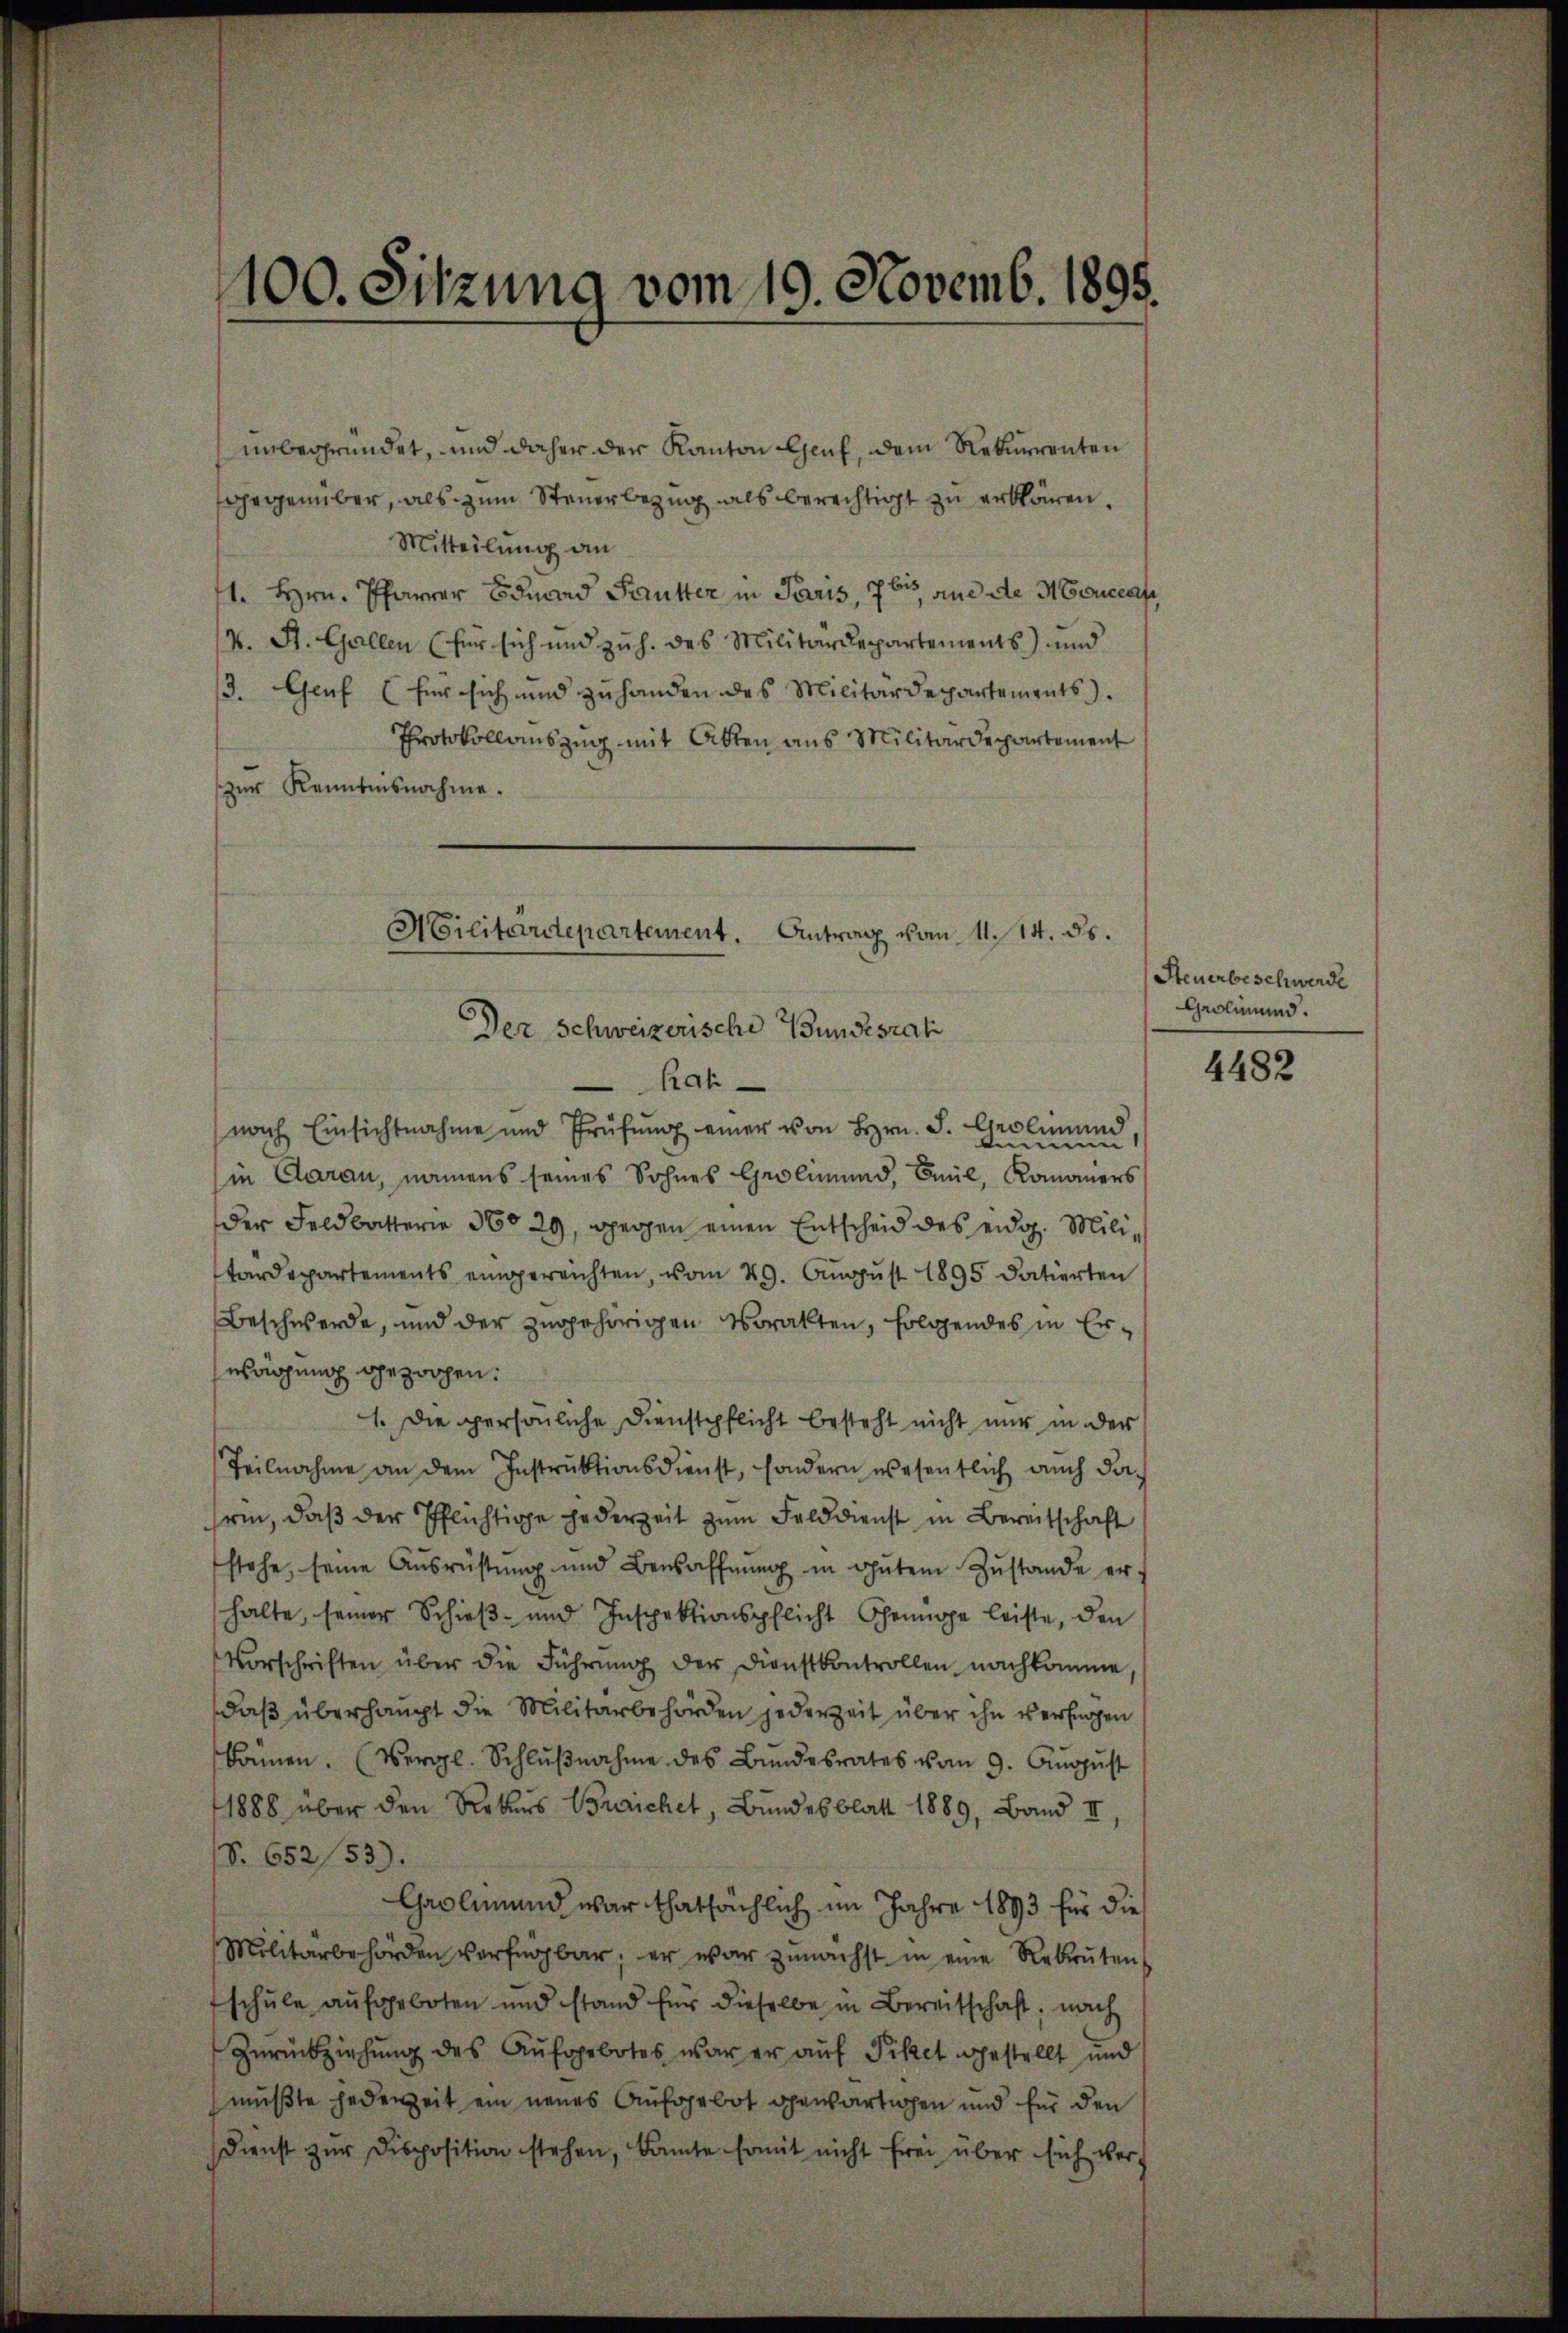
100. Sitzung vom 19. Novemb. 1895.

unbegründet, und daher der Kanton Genf, dem Rekurrenten
gegenüber, als zum Steuerbezug als berechtigt zu erklären.
Mitteilung an
1. Hrn. Pfarrer Eduard Sutter in Paris, 763 an die Mencraf
V. St. Gallen (für sich und zu h. des Militärdepartements) und
3. Genf (für sich und zu handen des Militärdepartements.
Protokollauszug mit Akten aus Militärdepartement
zur Kenntnisnahme.
Militärdepartement. Antrag vom 11. 14. ds.

Der Schweizerische Bundesrat
Rat
nach Einsichtnahme und Prüfŭng einer von Hrn. F. Grolinund
demen
in Claran, namens seines Sohnes Grolmund, Baul, Komaners
der Feldbatterie 360 29, weggen einen Entscheid des eidg. Militärdepartements eingereichten, vom 29. August 1895 datierten
Beschwerde, und der zugehörigen Vorakten, folgendes in Erwägung gezochen.
1. Die persönliche Dienstpflicht besteht nicht nur in der
Teilnahme an dem Instruktionsdienst, sondern wesentlich auch das
sein, daβ der Pflichtige jederzeit zŭm Felddienst in Bereitschaft
stehe, seine Aŭsrüstŭng und Bewaffnŭng in ohntem Zŭstande erf
halte, seiner Schieβ- und Inspektionspflicht Chringe leiste, den
Vorschriften über die Führŭng der Dienstkontrollen nachkomme,
daβ überhaupt die Militärbehörden jederzeit über ihn verfügen
kamen. (Vergl. Schlŭβnahme des Bŭndesrates vom 9. Aŭgŭst
1888 über den Rekurs Breichet, Bundesblatt 1889, Band II,
S. 652/53)
Gaolimund war thatsächlich im Jahre 1893 für die
Militärbehörden verfügbar, er war zunächst in eine Rekruten
schule aufgeboten und stand für dieselbe in Bereitschaft, nach
Zurückziehung des Aufgebotes war er auf Piket gestellt und
mußte jederzeit ein neues Aufgebot gewärtigen und für den
Dienst zŭr disposition stehen, kante somit nicht frei über sich verf

Steuerbeschwerde
Grolinund.

4482